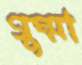
গুম্মা